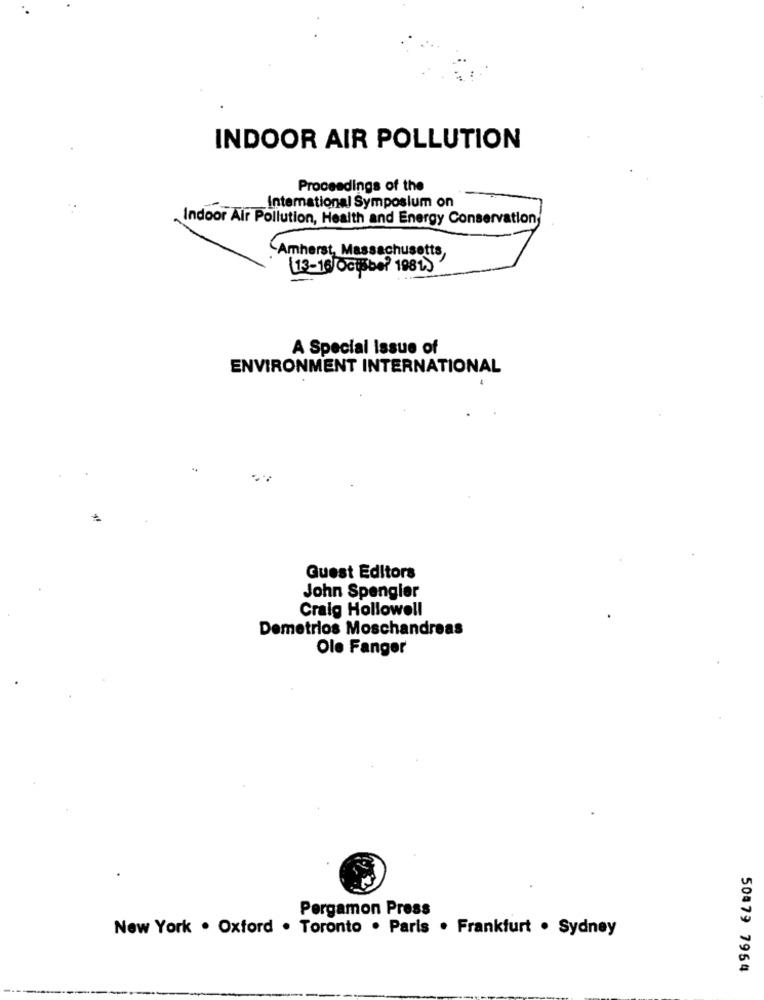
INDOOR AIR POLLUTION
Proceedings of the
International Symposium on
Indoor Air Pollution, Health and Energy Conservation,
Amherst, Massachusetts,
[13-16 October 1981.
A Special Issue of
ENVIRONMENT INTERNATIONAL
Guest Editors
John Spengler
Craig Hollowell
Demetrios Moschandreas
Ole Fanger
Pergamon Press
New York . Oxford . Toronto . Paris . Frankfurt . Sydney
50879 7954